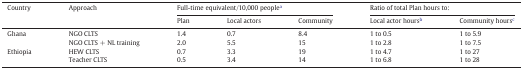
<table><thead><tr><td rowspan="2"><b>Country</b></td><td rowspan="2"><b>Approach</b></td><td colspan="3"><b>Full-time equivalent/10,000 peoplea</b></td><td colspan="2"><b>Ratio of total Plan hours to:</b></td></tr><tr><td><b>Plan</b></td><td><b>Local actors</b></td><td><b>Community</b></td><td><b>Local actor hoursb</b></td><td><b>Community hoursc</b></td></tr></thead><tbody><tr><td rowspan="2">Ghana</td><td>NGO CLTS</td><td>1.4</td><td>0.7</td><td>8.4</td><td>1 to 0.5</td><td>1 to 5.9</td></tr><tr><td>NGO CLTS + NL training</td><td>2.0</td><td>5.5</td><td>15</td><td>1 to 2.8</td><td>1 to 7.5</td></tr><tr><td rowspan="2">Ethiopia</td><td>HEW CLTS</td><td>0.7</td><td>3.3</td><td>19</td><td>1 to 4.7</td><td>1 to 27</td></tr><tr><td>Teacher CLTS</td><td>0.5</td><td>3.4</td><td>14</td><td>1 to 6.8</td><td>1 to 28</td></tr></tbody></table>